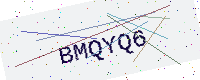
Text: BMQYQ6